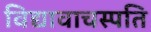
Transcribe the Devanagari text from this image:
विद्यावाचस्‍पति